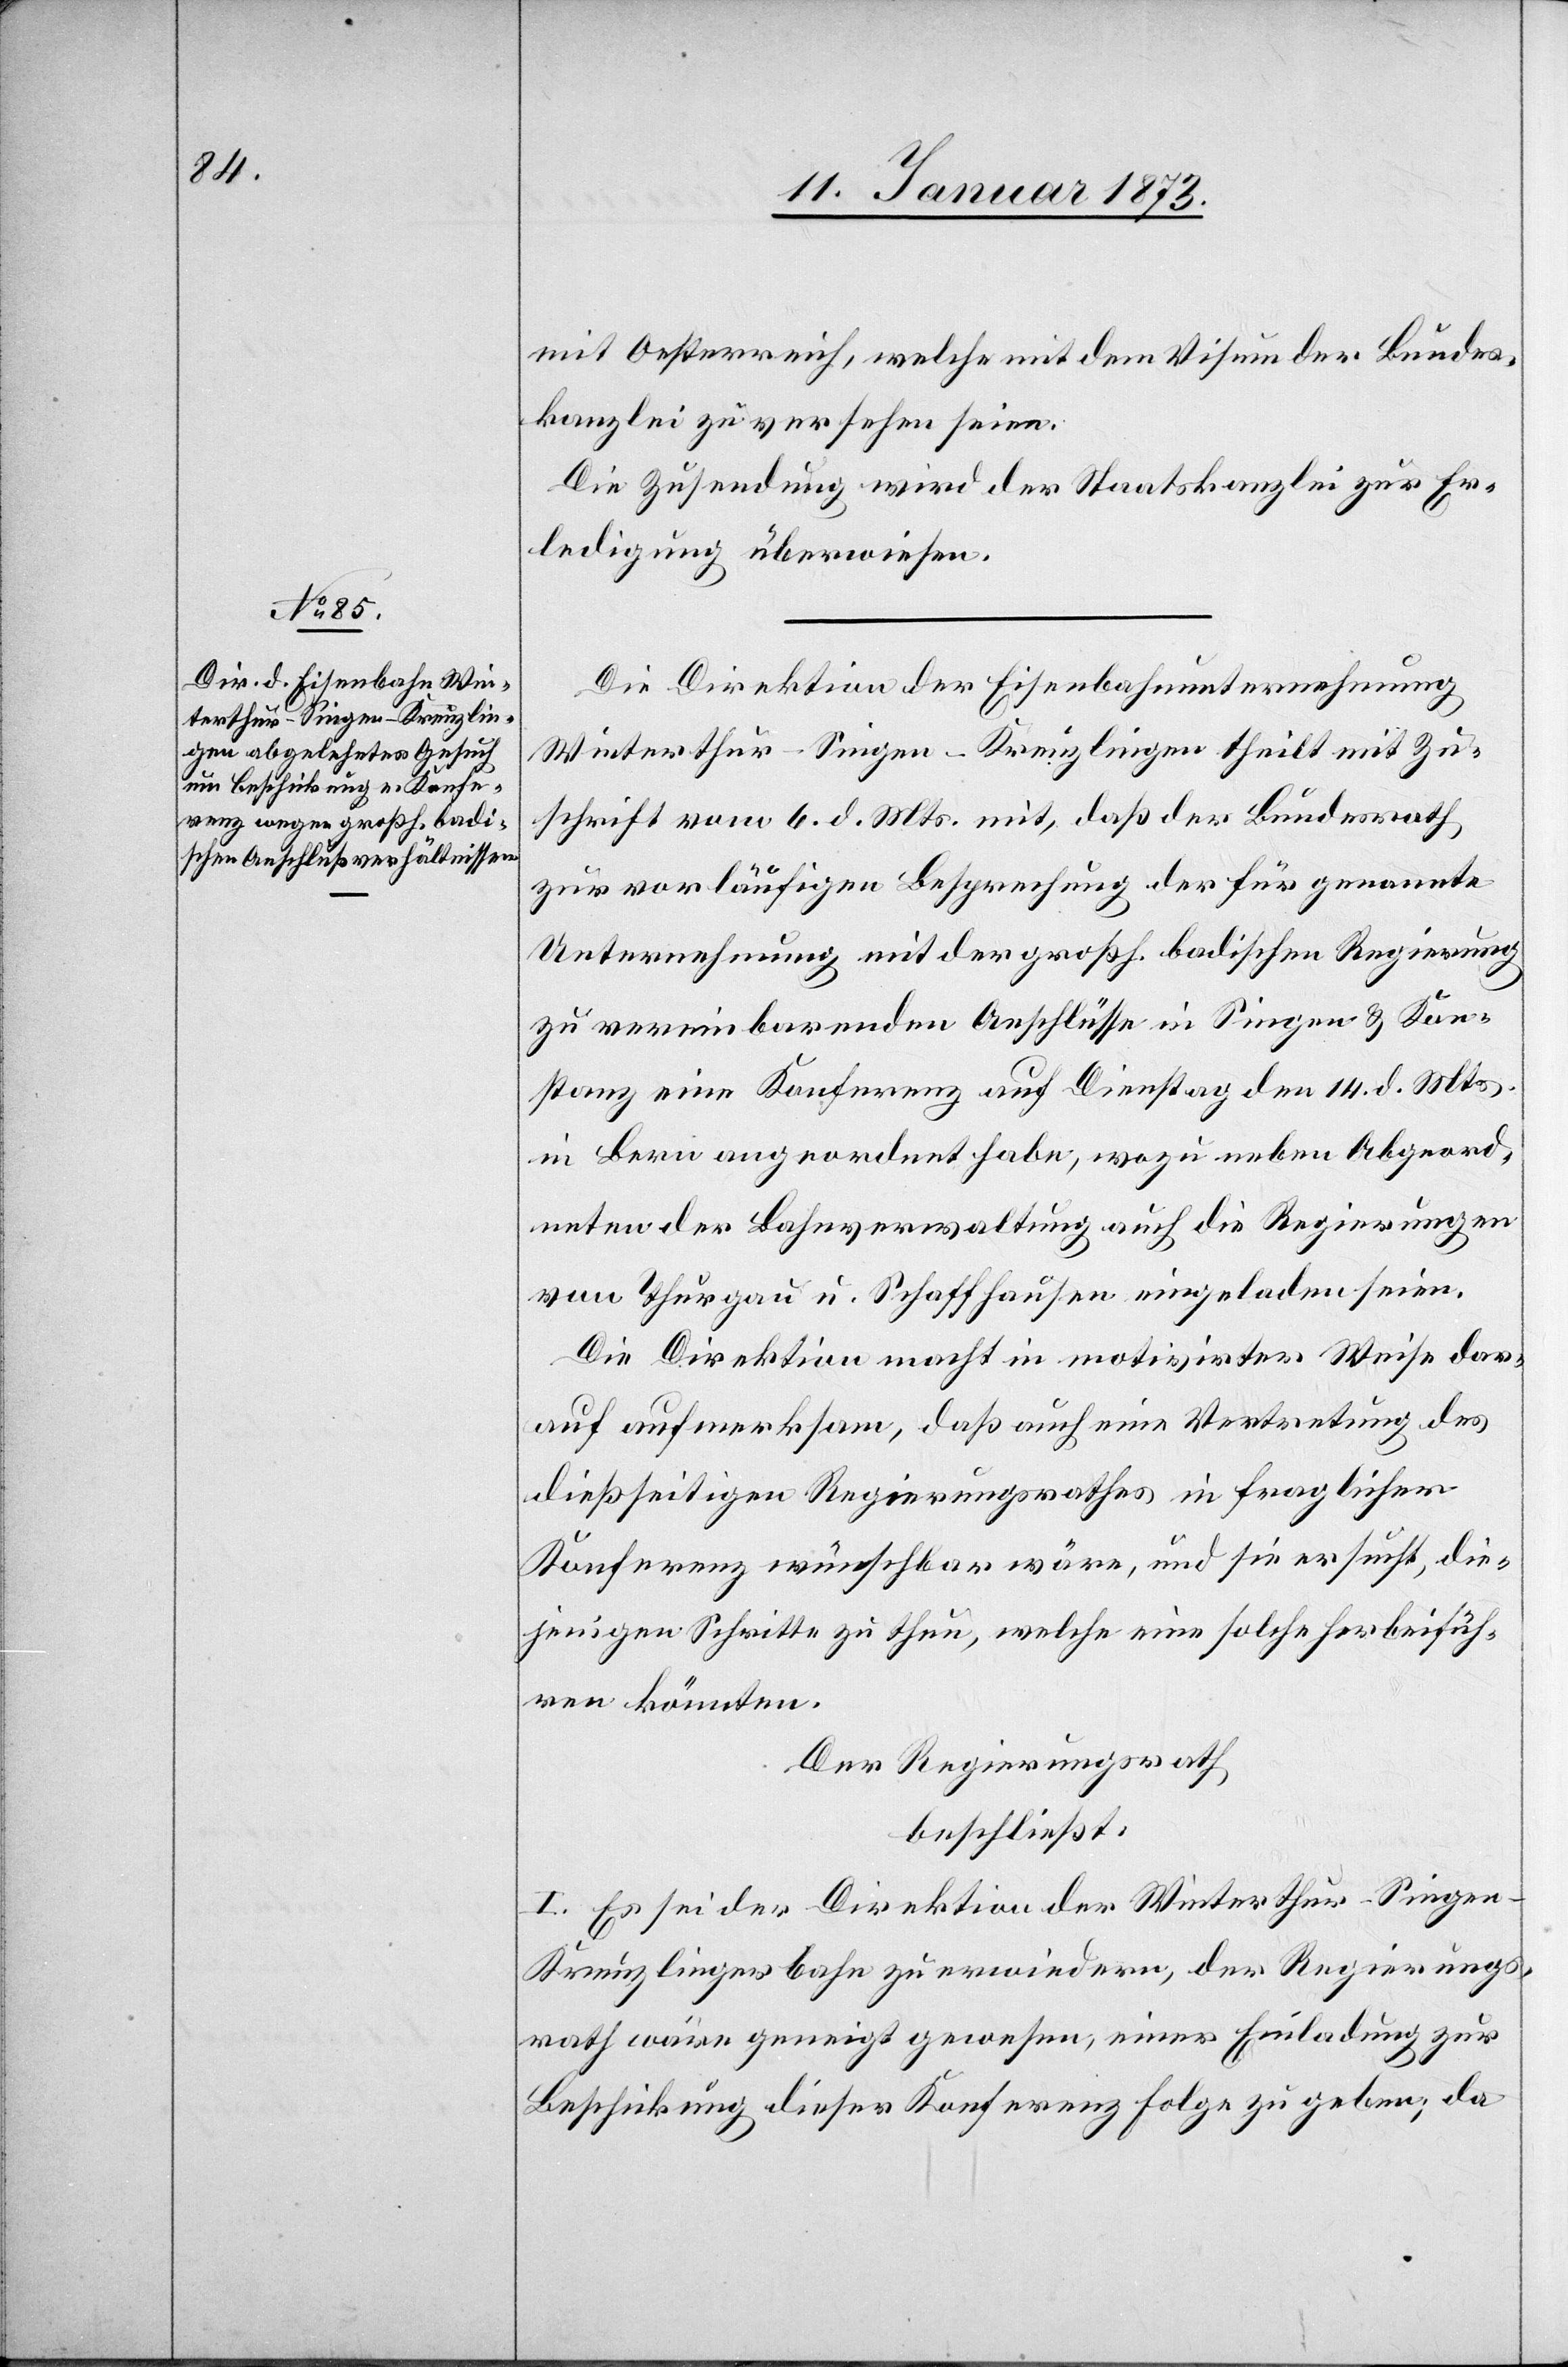
mit Oesterreich, welche mit dem Visum der Bundes¬
kanzlei zu versehen seien.
Die Zusendung wird der Staatskanzlei zur Er¬
ledigung überwiesen.
Die Direktion der Eisenbahnunternehmung
Winterthur–Singen–Kreuzlingen theilt mit Zu¬
schrift vom 6. d. Mts. mit, daß der Bundesrath
zur vorläufigen Besprechung der für genannte
Unternehmung mit der großh. badischen Regierung
zu vereinbarenden Anschlüsse in Singen & Kon¬
stanz eine Konferenz auf Dienstag den 14. d. Mts.
in Bern angeordnet habe, wozu neben Abgeord¬
neten der Bahnverwaltung auch die Regierungen
von Thurgau u. Schaffhausen eingeladen seien.
Die Direktion macht in motivirter Weise dar¬
auf aufmerksam, daß auch eine Vertretung des
dießseitigen Regierungsrathes in fraglicher
Konferenz wünschbar wäre, und sie ersucht, die¬
jenigen Schritte zu thun, welche eine solche herbeifüh¬
ren könnten.
Der Regierungsrath
beschließt:
I. Es sei der Direktion der Winterthur–Singe¬
n–Kreuzlingen-Bahn zu erwiedern, der Regierungs¬
rath wäre geneigt gewesen, einer Einladung zur
Beschickung dieser Konferenz Folge zu geben, da